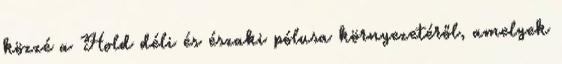
közzé a Hold déli és északi pólusa környezetéről, amelyek